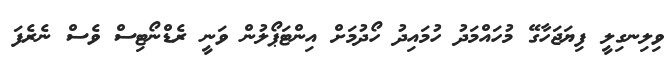
ވިލިނގިލީ ފިޔަޖަހާގޭ މުހައްމަދު ހުމައިދު ހޯދުމަށް އިންޓަޕޯލުން ވަނީ ރެޑްނޯޓިސް ވެސް ނެރެފަ